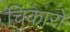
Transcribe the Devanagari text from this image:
चिकारो